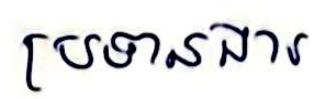
ប្រទានងារ